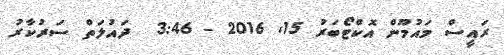
ރައީސް މައުމޫން އޮކްޓޯބަރު 15